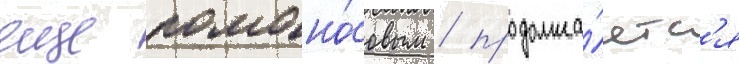
еще ломоно́совым / продолжа́етс'я